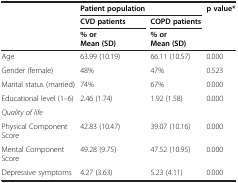
<table><thead><tr><td><b> </b></td><td colspan="2"><b>Patient population</b></td><td><b>p value*</b></td></tr><tr><td><b> </b></td><td><b>CVD patients</b></td><td><b>COPD patients</b></td><td><b> </b></td></tr><tr><td><b> </b></td><td><b>% or Mean (SD)</b></td><td><b>% or Mean (SD)</b></td><td><b> </b></td></tr></thead><tbody><tr><td>Age</td><td>63.99 (10.19)</td><td>66.11 (10.57)</td><td>0.000</td></tr><tr><td>Gender (female)</td><td>48%</td><td>47%</td><td>0.523</td></tr><tr><td>Marital status (married)</td><td>74%</td><td>67%</td><td>0.000</td></tr><tr><td>Educational level (1–6)</td><td>2.46 (1.74)</td><td>1.92 (1.58)</td><td>0.000</td></tr><tr><td><i>Quality of life</i></td><td> </td><td> </td><td> </td></tr><tr><td>Physical Component Score</td><td>42.83 (10.47)</td><td>39.07 (10.16)</td><td>0.000</td></tr><tr><td>Mental Component Score</td><td>49.28 (9.75)</td><td>47.52 (10.95)</td><td>0.000</td></tr><tr><td>Depressive symptoms</td><td>4.27 (3.63)</td><td>5.23 (4.11)</td><td>0.000</td></tr></tbody></table>